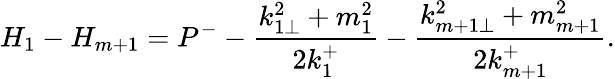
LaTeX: H_{1}-H_{m+1}=P^{-}-\frac{k_{1\perp}^{2}+m_{1}^{2}}{2k_{1}^{+}}-\frac{k_{m+1\perp}^{2}+m_{m+1}^{2}}{2k_{m+1}^{+}}.